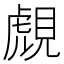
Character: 覤